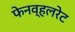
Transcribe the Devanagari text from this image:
फेनव्हलरेट